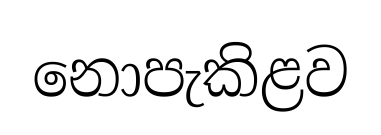
නොපැකිළව